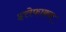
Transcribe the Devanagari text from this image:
इत्तेफाक़न